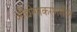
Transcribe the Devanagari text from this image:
औद्योगाकरणशील